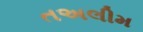
તઅલીમ